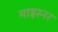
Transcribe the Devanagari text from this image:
माइस्नर